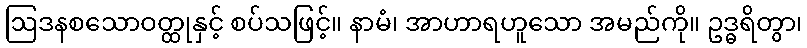
ဩဒနစသောဝတ္ထုနှင့် စပ်သဖြင့်။ နာမံ၊ အာဟာရဟူသော အမည်ကို။ ဥဒ္ဓရိတွာ၊